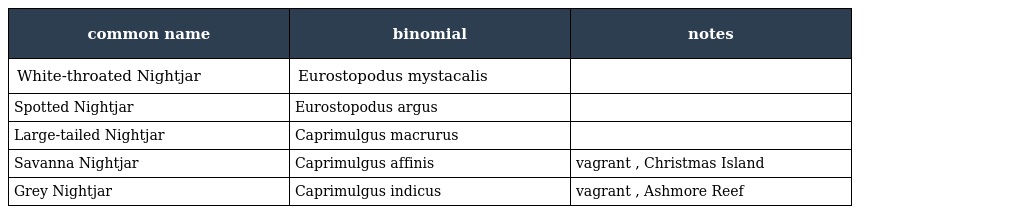
| common name | binomial | notes |
 | --- | --- | --- |
 | White-throated Nightjar | Eurostopodus mystacalis |  |
 | Spotted Nightjar | Eurostopodus argus |  |
 | Large-tailed Nightjar | Caprimulgus macrurus |  |
 | Savanna Nightjar | Caprimulgus affinis | vagrant , Christmas Island |
 | Grey Nightjar | Caprimulgus indicus | vagrant , Ashmore Reef |